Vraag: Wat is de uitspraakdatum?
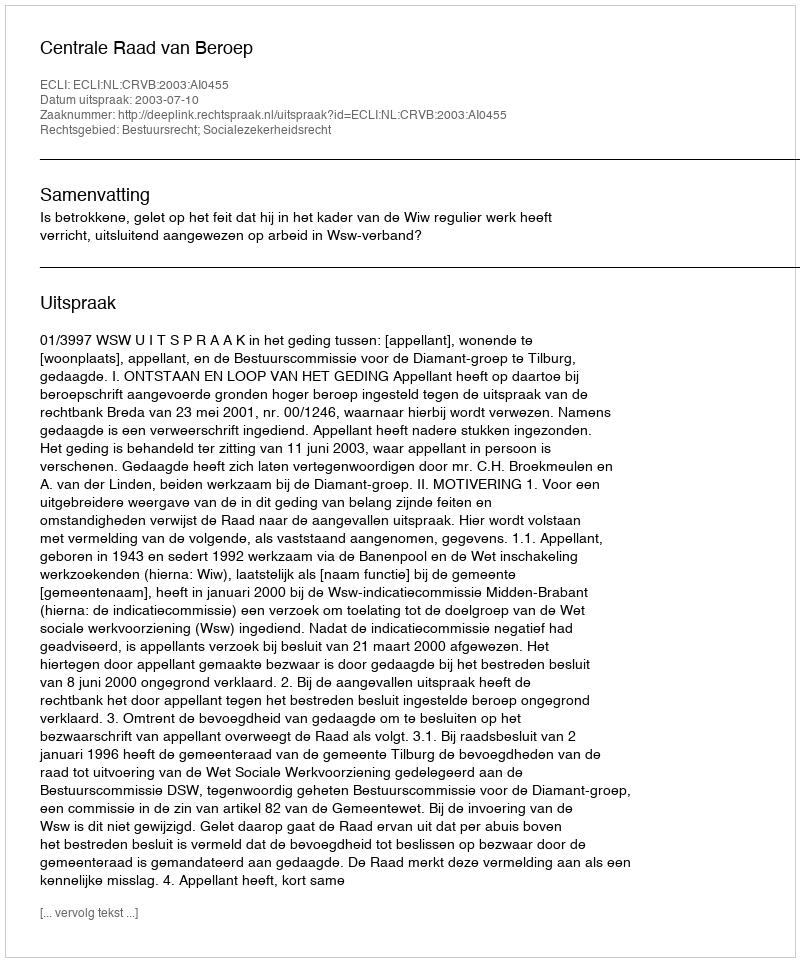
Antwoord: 2003-07-10